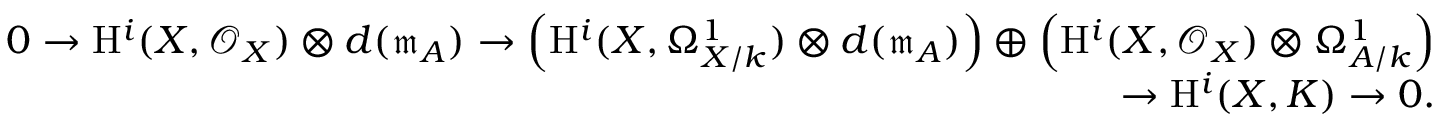
\begin{array} { r } { 0 \rightarrow \mathrm { H } ^ { i } ( X , \mathcal { O } _ { X } ) \otimes d ( \mathfrak { m } _ { A } ) \rightarrow \left( \mathrm { H } ^ { i } ( X , \Omega _ { X / k } ^ { 1 } ) \otimes d ( \mathfrak { m } _ { A } ) \right) \oplus \left( \mathrm { H } ^ { i } ( X , \mathcal { O } _ { X } ) \otimes \Omega _ { A / k } ^ { 1 } \right) } \\ { \rightarrow \mathrm { H } ^ { i } ( X , K ) \rightarrow 0 . } \end{array}